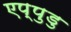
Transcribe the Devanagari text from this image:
एप्पुडु